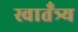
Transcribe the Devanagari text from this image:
स्वातँत्र्य